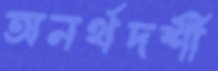
অনর্থদর্শী